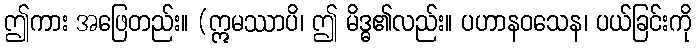
ဤကား အဖြေတည်း။ (ဣမဿာပိ၊ ဤ မိဒ္ဓ၏လည်း။ ပဟာနဝသေန၊ ပယ်ခြင်းကို